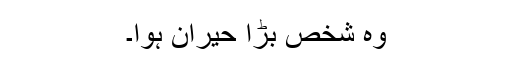
وہ شخص بڑا حیران ہوا۔